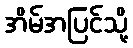
အိမ်အပြင်သို့